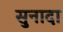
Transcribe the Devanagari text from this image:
सुनादा